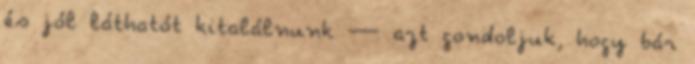
és jól láthatót kitalálnunk — azt gondoljuk, hogy bár